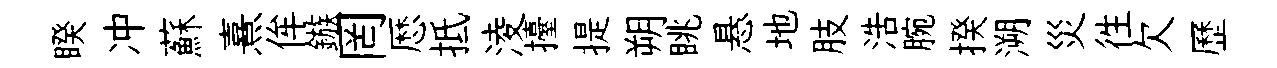
睽冲蘇熹侔鏃罔厯抵淩擡提朔眺悬地肢浩腕揆溯災徃欠歷